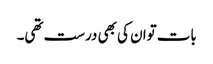
بات توان کی بھی درست تھی۔